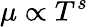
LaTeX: \mu\propto T^{s}